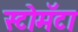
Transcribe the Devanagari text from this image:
स्टोमॅटा